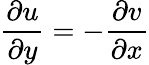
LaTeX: {\frac{\partial u}{\partial y}}=-{\frac{\partial v}{\partial x}}